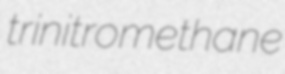
trinitromethane